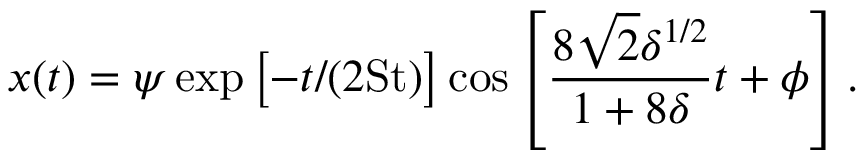
x ( t ) = \psi \exp \left[ - t / ( 2 \mathrm { S t } ) \right] \cos \left[ \frac { 8 \sqrt { 2 } \delta ^ { 1 / 2 } } { 1 + 8 \delta } t + \phi \right] .